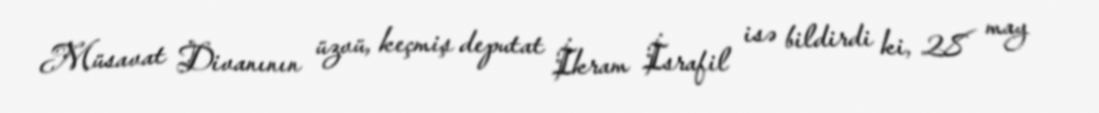
Müsavat Divanının üzvü, keçmiş deputat İkram İsrafil isə bildirdi ki, 28 may